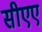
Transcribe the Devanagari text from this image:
सीएए